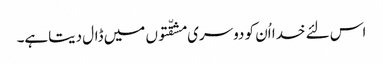
اس لئے خدا اُن کو دوسری مشقّتوں میں ڈال دیتاہے۔